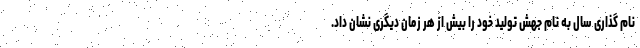
نام گذاری سال به نام جهش تولید خود را بیش از هر زمان دیگری نشان داد.